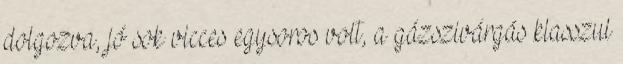
dolgozva, jó sok vicces egysoros volt, a gázszivárgás klasszul